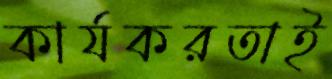
কার্যকরতাই